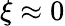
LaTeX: \xi\approx 0